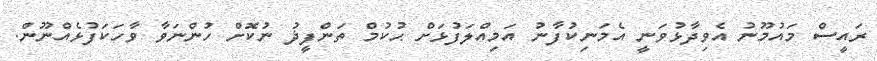
ރައީސް މައުމޫނު އެވިދާޅުވަނީ އެމަނިކުފާނު އަމިއްލަފުޅަށް ޙުކުމް ތަންފީޛު ނުކޮށް ހުންނަވާ ވާހަކަފުޅެއްނޫން.